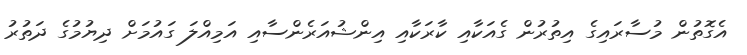
އެގޮތުން މުސާރައިގެ އިތުރުން ގެއަކާއި ކާރަކާއި އިންޝުއަރެންސާއި އަމިއްލަ ގައުމަށް ދިޔުމުގެ ދަތުރު